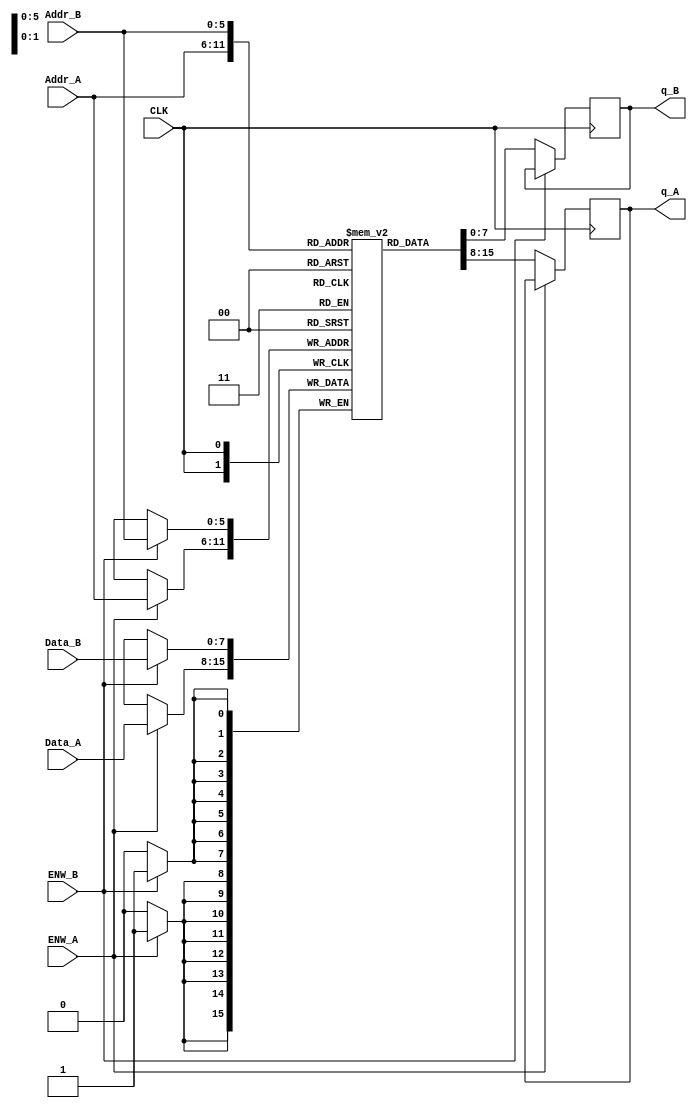
module PowerPCRAM(
	input [7:0] Data_A, Data_B,	// Input Data > RAM D
	input [5:0] Addr_A, Addr_B, 	// Input Address > RAM A
	input ENW_A, ENW_B,				// RAM Write Enable
	input CLK,							// System Clock
	output reg [7:0] q_A, q_B 		// RAM output Register
	);
	
	reg [7:0] RAM [63:0]; // 8x64 Bit Register for RAM DATA
	
	// Being at the postive edge of the clock
	always @ (posedge CLK)
		begin
			if (ENW_A)
				RAM[Addr_A] <= Data_A;
			else
				q_A <= RAM[Addr_A];
			end
	
	always @ (posedge CLK)
		begin
			if (ENW_B)
				RAM[Addr_B] <= Data_B;
			else
				q_B <= RAM[Addr_B];
			end
				
endmodule